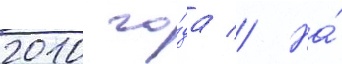
2010 го́да // На́